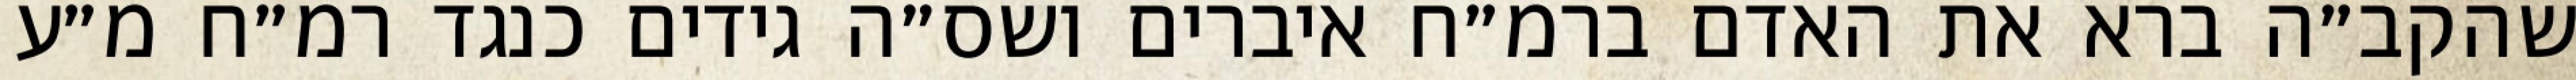
שהקב״ה ברא את האדם ברמ״ח איברים ושס״ה גידים כנגד רמ״ח מ״ע